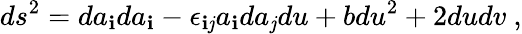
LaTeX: ds^{2}=da_{\mathbf{i}}da_{\mathbf{i}}-\epsilon_{\mathbf{i}\mathit{j}}a_{\mathbf{i}}da_{\mathit{j}}du+bdu^{2}+2dudv~,